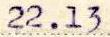
22.13